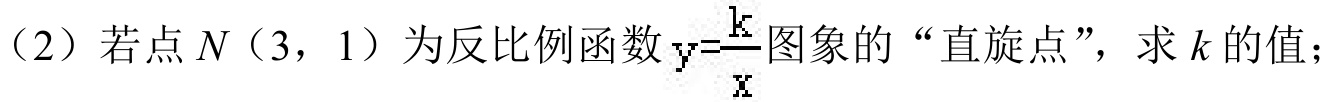
（2）若点\(N(3,1)\)为反比例函数\(y = \frac{k}{x}\)图象的“直旋点”，求\(k\)的值；